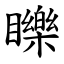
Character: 䁻